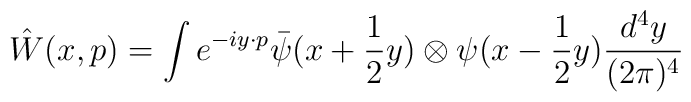
\hat{W}(x,p) = \int e^{-iy\cdot p}\bar{\psi}(x+\frac{1}{2}y)\otimes\psi(x-    \frac{1}{2}y)\frac{d^4y}{(2\pi)^4}